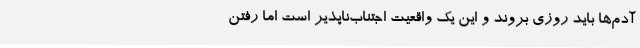
آدم‌ها باید روزی بروند و این یک واقعیت اجتناب‌ناپذیر است اما رفتن